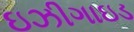
ઇઝીગાઇડ